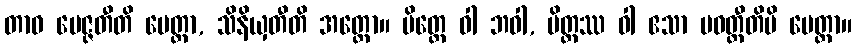
တာဝ မေဇ္ဇတီတိ မေတ္တာ, သိနိယှတီတိ အတ္ထော။ မိတ္တေ ဝါ ဘဝါ, မိတ္တဿ ဝါ ဧသာ ပဝတ္တီတိပိ မေတ္တာ။